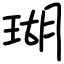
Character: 瑚